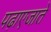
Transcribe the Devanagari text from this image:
पढ़ाएजाते